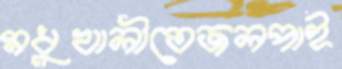
মধুখালীতেজলপাই